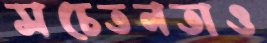
সচেতনতাও